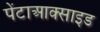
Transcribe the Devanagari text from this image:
पेंटाआक्साइड